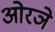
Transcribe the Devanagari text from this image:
ओरञे